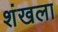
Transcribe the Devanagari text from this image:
शंखला